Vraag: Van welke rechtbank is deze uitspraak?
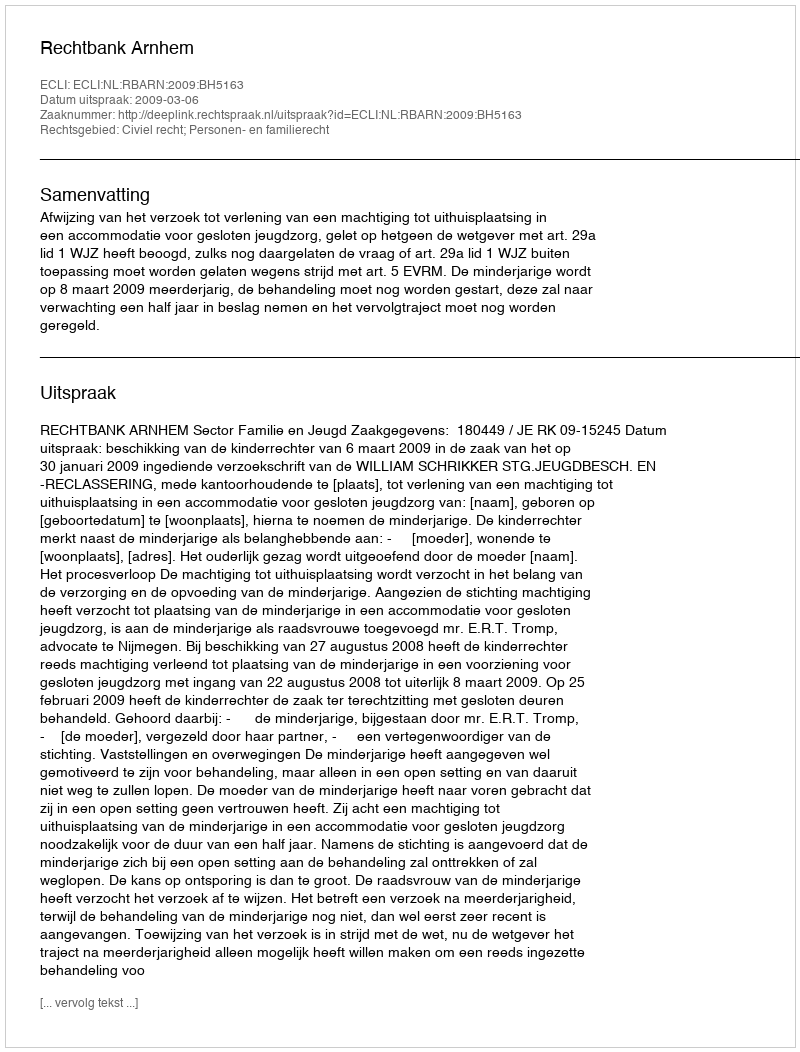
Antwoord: Rechtbank Arnhem